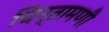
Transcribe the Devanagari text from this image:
चिन्तामणी